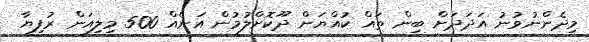
މިދެންނުވުނު އަދަދަށް ބިން ތައް ކުއްޔަށް ދޫކޮށްލުމުން އަނެއް 500 މިލިއަން ރުފިޔާ